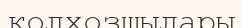
колхозшылары